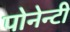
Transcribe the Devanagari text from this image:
पोनेन्टी